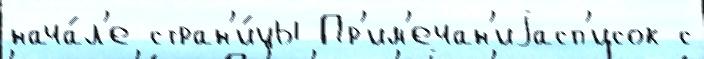
нача́л'е стран'и́цы Пр'им'ечан'иjасп'исок с